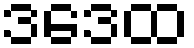
ဒဒေထ